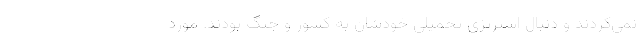
نمی‌کردند و دنبال استرتژی تحمیلی خودشان به کشور و جنگ بودند. مورد